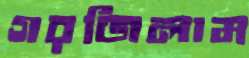
গরজিলাম